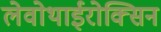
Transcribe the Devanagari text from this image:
लेवोथाईरोक्सिन